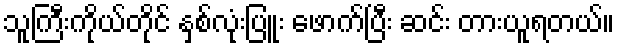
သူကြီးကိုယ်တိုင် နှစ်လုံးပြူး ဖောက်ပြီး ဆင်း တားယူရတယ်။